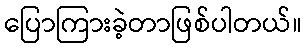
ပြောကြားခဲ့တာဖြစ်ပါတယ်။